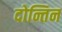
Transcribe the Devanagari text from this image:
दोन्तिन